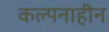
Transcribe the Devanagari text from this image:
कल्पनाहीन